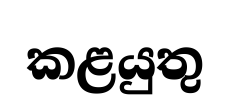
කළයුතු